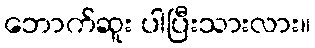
ဘောက်ဆူး ပါပြီးသားလား။